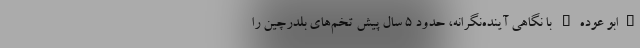
"ابو عوده" با نگاهی آینده‌نگرانه، حدود 5 سال پیش تخم‌های بلدرچین را